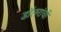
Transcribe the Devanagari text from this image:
डॉलरांची